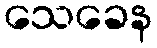
သေခေန